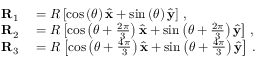
\begin{array} { r l } { \mathbf { R } _ { 1 } } & { { } = R \left[ \cos \left( \theta \right) \hat { \mathbf { x } } + \sin \left( \theta \right) \hat { \mathbf { y } } \right] \, , } \\ { \mathbf { R } _ { 2 } } & { { } = R \left[ \cos \left( \theta + \frac { 2 \pi } { 3 } \right) \hat { \mathbf { x } } + \sin \left( \theta + \frac { 2 \pi } { 3 } \right) \hat { \mathbf { y } } \right] \, , } \\ { \mathbf { R } _ { 3 } } & { { } = R \left[ \cos \left( \theta + \frac { 4 \pi } { 3 } \right) \hat { \mathbf { x } } + \sin \left( \theta + \frac { 4 \pi } { 3 } \right) \hat { \mathbf { y } } \right] \, . } \end{array}